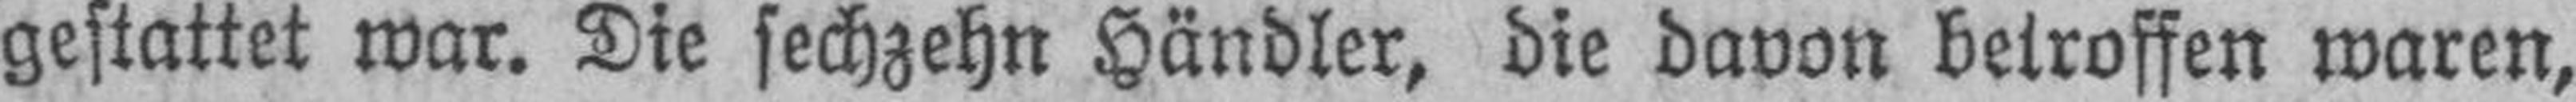
gestattet war. Die sechzehn Händler, die davon betroffen waren,